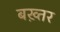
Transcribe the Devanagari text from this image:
बख़्तर